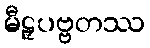
မီဠှပဗ္ဗတဿ